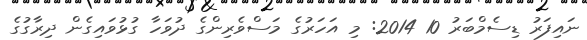
ނައިފަރު ޑިސެމްބަރު 10 2014: މި އަހަރުގެ މަސްވެރިންގެ ދުވަހާ ގުޅުވައިގެން ދިރާގުގެ